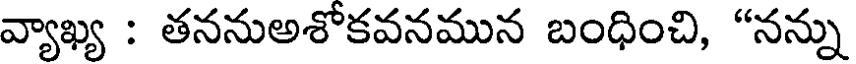
వ్యాఖ్య : తననుఅశోకవనమున బంధించి, "నన్ను